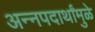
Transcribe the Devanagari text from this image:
अन्नपदार्थांमुळे